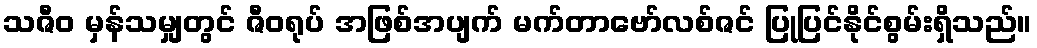
သဇီဝ မှန်သမျှတွင် ဇီဝရုပ် အဖြစ်အပျက် မက်တာဗော်လစ်ဇင် ပြုပြင်နိုင်စွမ်းရှိသည်။